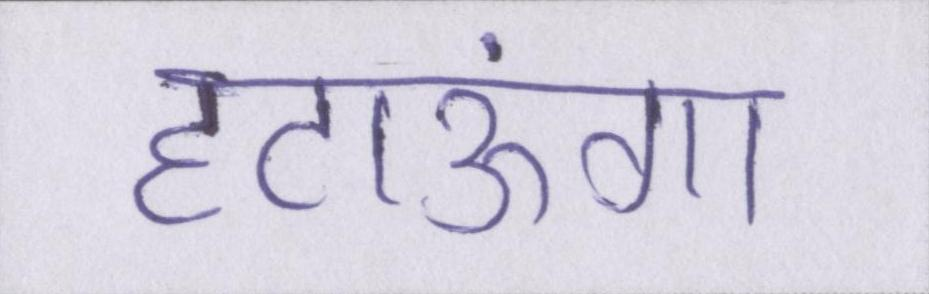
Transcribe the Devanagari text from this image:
हटाऊंगा